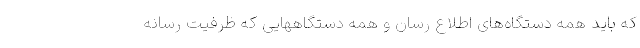
که باید همه دستگاه‌های اطلاع رسان و همه دستگاههایی که ظرفیت رسانه